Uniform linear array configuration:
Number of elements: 8
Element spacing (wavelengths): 1
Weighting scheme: binomial
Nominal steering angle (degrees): -15
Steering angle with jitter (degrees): -14.375
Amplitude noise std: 0.05
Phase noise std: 0.05

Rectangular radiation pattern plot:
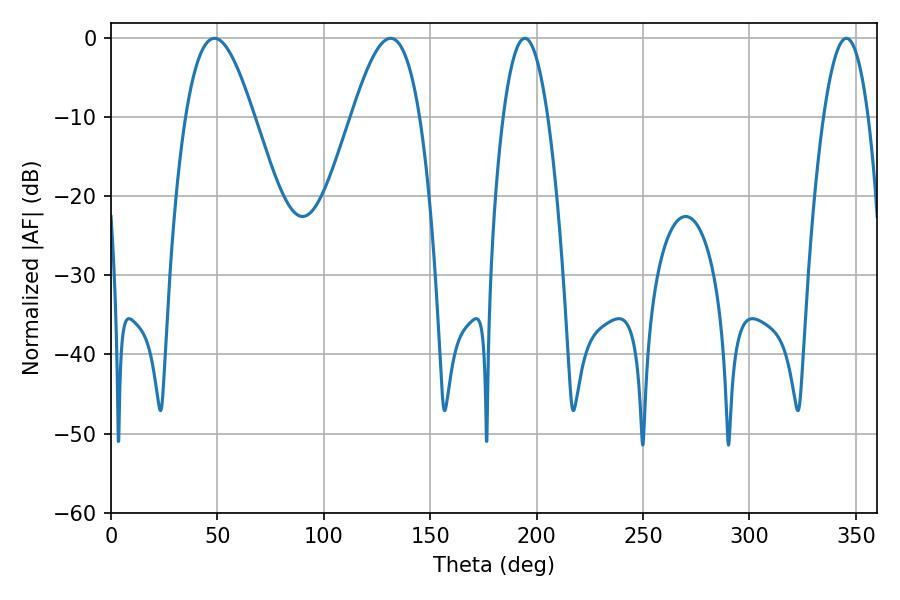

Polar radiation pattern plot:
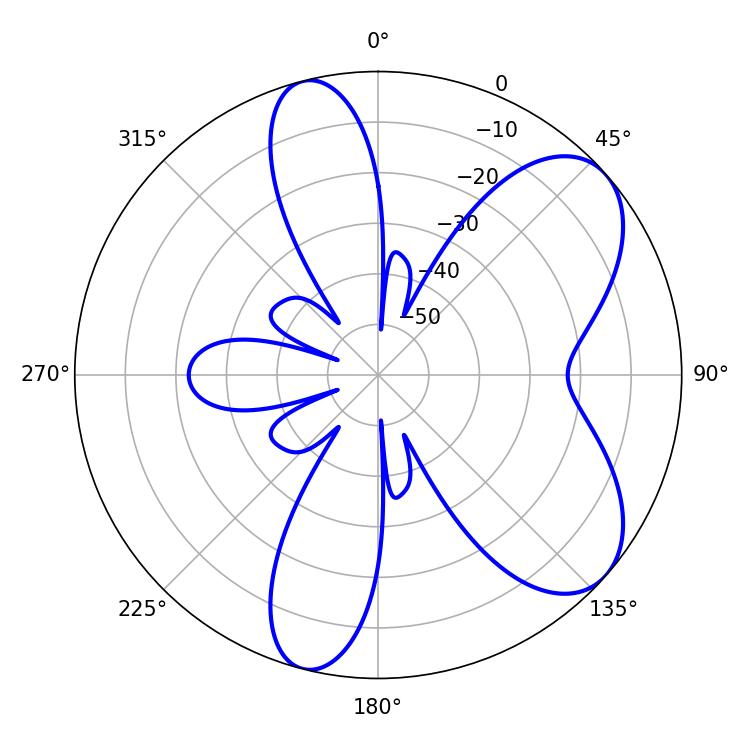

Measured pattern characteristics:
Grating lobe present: TRUE
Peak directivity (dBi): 7.042
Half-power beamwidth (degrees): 17.28
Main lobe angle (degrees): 131.4